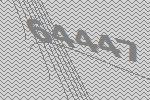
64447